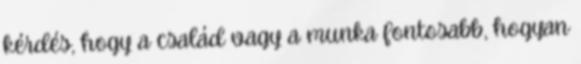
kérdés, hogy a család vagy a munka fontosabb, hogyan